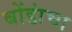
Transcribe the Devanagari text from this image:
बोंडांचा